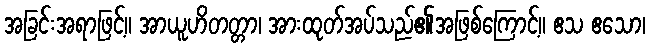
အခြင်းအရာဖြင့်။ အာယူဟိတတ္တာ၊ အားထုတ်အပ်သည်၏အဖြစ်ကြောင့်။ ဧသ ဧသော၊